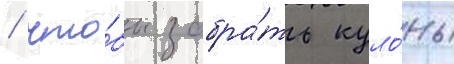
/ что́бы забра́ть куло́ны